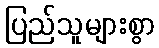
ပြည်သူများစွာ